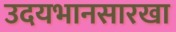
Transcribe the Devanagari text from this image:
उदयभानसारखा